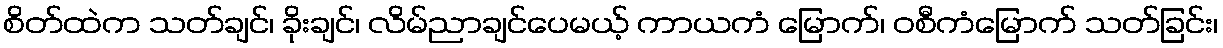
စိတ်ထဲက သတ်ချင်၊ ခိုးချင်၊ လိမ်ညာချင်ပေမယ့် ကာယကံ မြောက်၊ ဝစီကံမြောက် သတ်ခြင်း၊